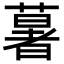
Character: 𦾧